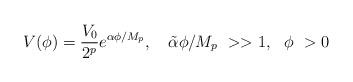
LaTeX: \begin{align*}V(\phi)={V_0 \over 2^p} e^{{\alpha}\phi/M_p},~~~\tilde{\alpha}\phi/M_p~>>1,~~\phi~>0\end{align*}